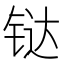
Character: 𫟼